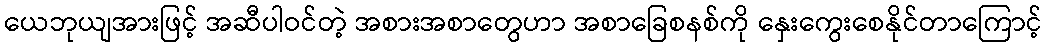
ယေဘုယျအားဖြင့် အဆီပါဝင်တဲ့ အစားအစာတွေဟာ အစာခြေစနစ်ကို နှေးကွေးစေနိုင်တာကြောင့်